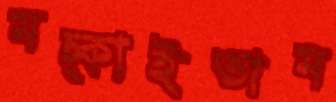
মচ্‌কাইতাম